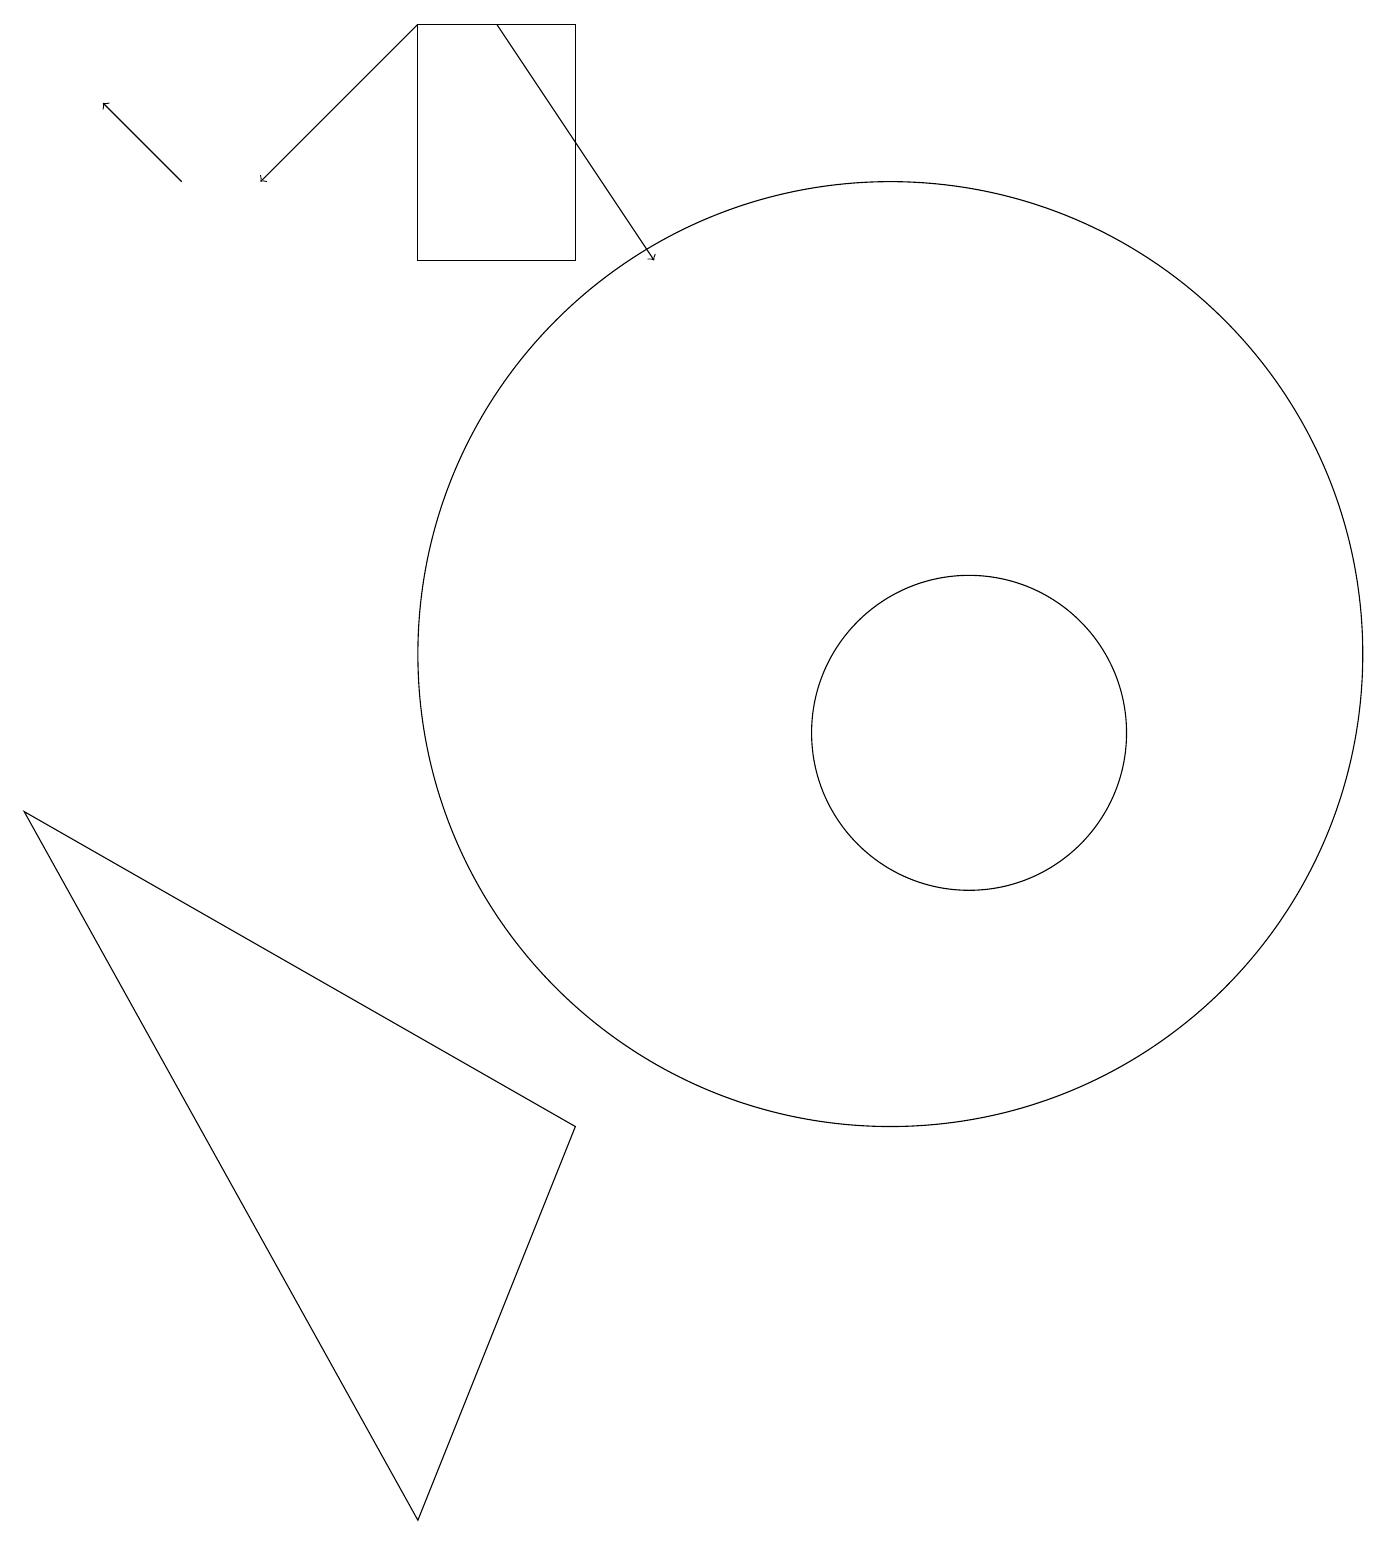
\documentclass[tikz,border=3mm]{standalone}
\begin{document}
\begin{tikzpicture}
\draw[->] (5,19) -- (3,17);
\draw[->] (2,17) -- (1,18);
\draw (11,11) circle (6);
\draw (12,10) circle (2);
\draw[->] (6,19) -- (8,16);
\draw (5,19) rectangle (7,16);
\draw (0,9) -- (5,0) -- (7,5) -- cycle;
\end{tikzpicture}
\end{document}